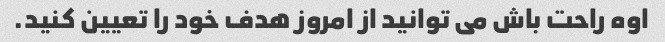
اوه راحت باش می توانید از امروز هدف خود را تعیین کنید.